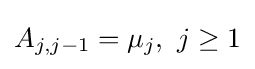
A_{j,j-1}=\mu _{j},\ j\geq 1